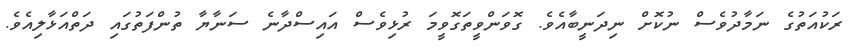
ރަކުއަތުގެ ނަމާދުވެސް ނުކޮށް ނިދަނީބާއެެވެ. ގޮވަންވީތަގޮވީމަ ރުޅިވެސް އައިސްދާނެ ސަނާޔާ ތުންފަތުގައި ދަތްއަޅާލިއެވެ.